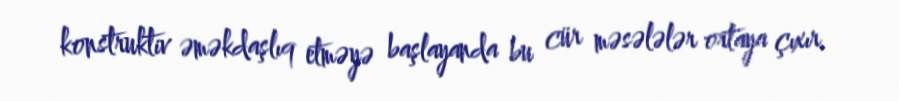
konstruktiv əməkdaşlıq etməyə başlayanda bu cür məsələlər ortaya çıxır.